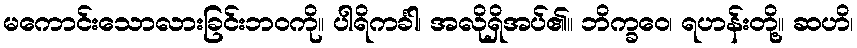
မကောင်းသောလားခြင်းဘဝကို။ ပါရိကင်္ခါ၊ အလိုရှိအပ်၏။ ဘိက္ခဝေ၊ ရဟန်းတို့။ ဆဟိ၊